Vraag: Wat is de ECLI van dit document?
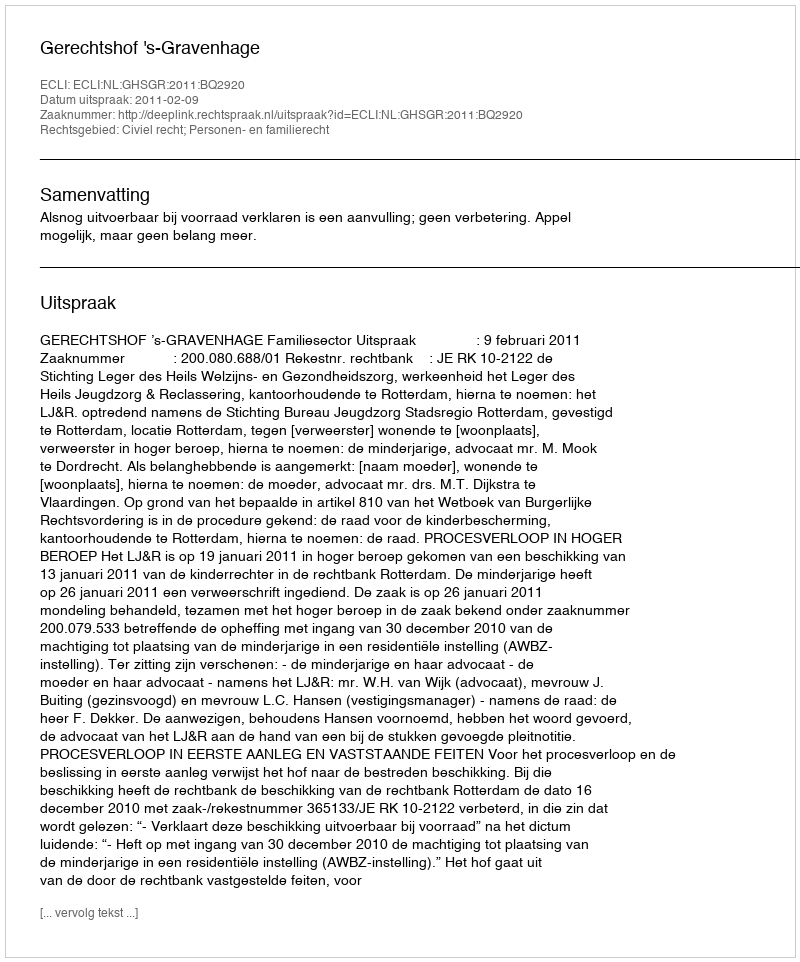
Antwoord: ECLI:NL:GHSGR:2011:BQ2920